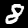
Digit: 8